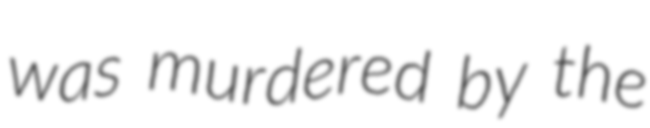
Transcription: was murdered by the